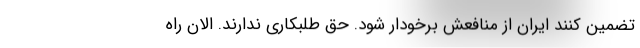
تضمین کنند ایران از منافعش برخودار شود. حق طلبکاری ندارند. الان راه